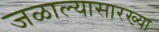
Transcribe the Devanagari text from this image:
जळाल्यासारख्या